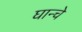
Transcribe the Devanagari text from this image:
घान्चे